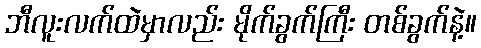
ဘီလူးလက်ထဲမှာလည်း မိုက်ခွက်ကြီး တစ်ခွက်နဲ့။